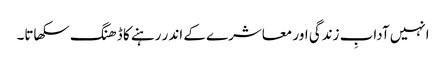
انہیں آدابِ زندگی اور معاشرے کے اندر رہنے کا ڈھنگ سکھاتا۔